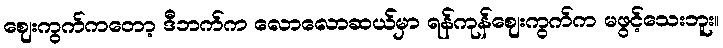
ဈေးကွက်ကတော့ ဒီဘက်က လောလောဆယ်မှာ ရန်ကုန်ဈေးကွက်က မဖွင့်သေးဘူး။